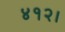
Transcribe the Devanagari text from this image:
४१२।